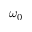
\omega _ { 0 }